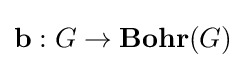
\mathbf {b} :G\rightarrow \mathbf {Bohr} (G)